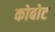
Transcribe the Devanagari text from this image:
कोबोट